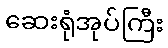
ဆေးရုံအုပ်ကြီး